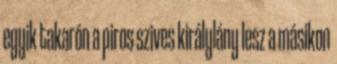
egyik takarón a piros szives királylány lesz a másikon